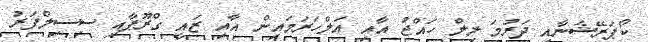
ކޯޕަރޭޝަނާއި ދަރުމަ ލިލް ހައްޖު އާއި އަލްހަރަމައިން އާއި ޒައީ ގްރޫޕާއި ސިސިލްފަރު